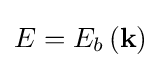
E={E_{b}}\left({\bf {k}}\right)